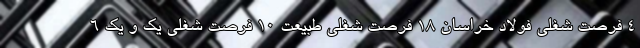
4 فرصت شغلی فولاد خراسان 18 فرصت شغلی طبیعت 10 فرصت شغلی یک و یک 6